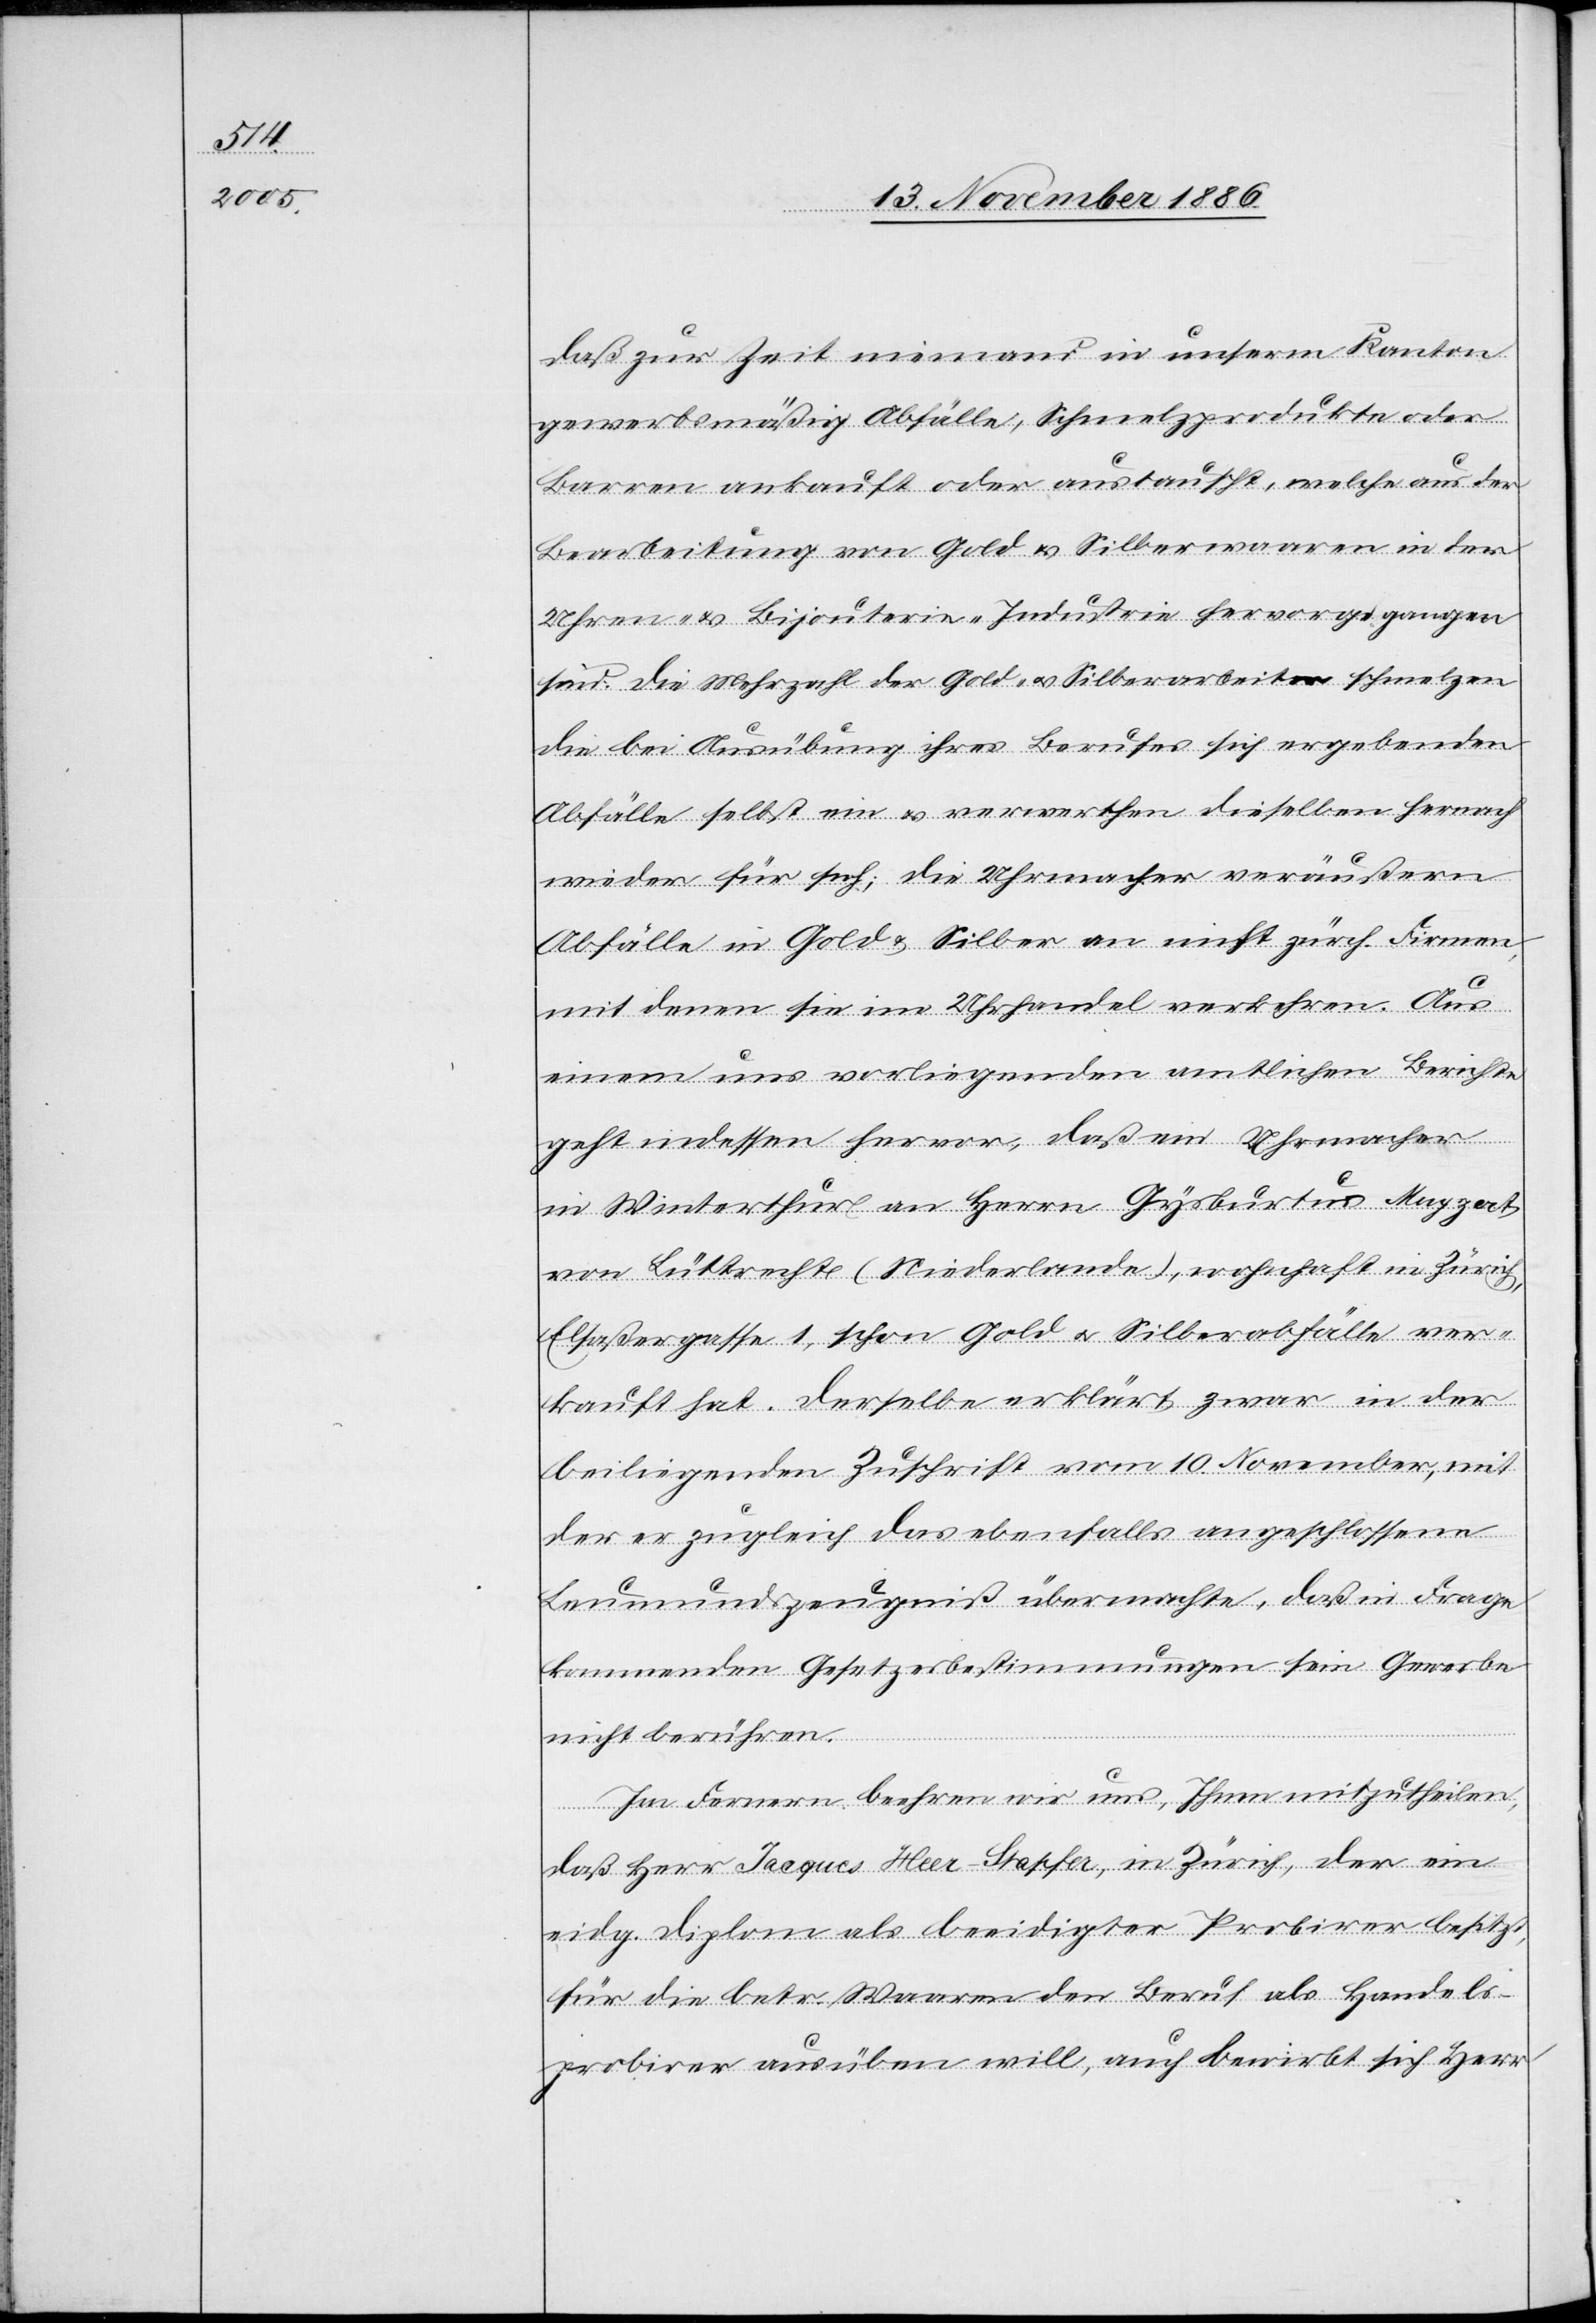
daß zur Zeit niemand in unserm Kanton
gewerbsmäßig Abfälle, Schmelzprodukte oder
Barren ankauft oder austauscht, welche aus der
Bearbeitung von Gold[-] & Silberwaaren in der
Uhren- & Bijouterie-Industrie hervorgegangen
sind. Die Mehrzahl der Gold- & Silberarbeiter schmelzen
die bei Ausübung ihres Berufes sich ergebenden
Abfälle selbst ein & verwerthen dieselben hernach
wieder für sich; die Uhrmacher veräußern
Abfälle in Gold & Silber an nicht zürch. Firmen,
mit denen sie im Uhrhandel verkehren. Aus
einem uns vorliegenden amtlichen Berichte
geht indessen hervor, daß ein Uhrmacher
in Winterthur an Herrn Gysburtus Mayzert
von Lüttrecht (Niederlande), wohnhaft in Zürich,
Elsaßergasse [sic!] 1, schon Gold & Silberabfälle ver¬
kauft hat. Derselbe erklärt zwar in der
beiliegenden Zuschrift vom 10. November, mit
der er zugleich das ebenfalls angeschlossene
Leumundszeugniß übermachte, daß in Frage
kommenden Gesetzesbestimmungen sein Gewerbe
nicht berühren.
Im Fernern beehren wir uns, Ihnen mitzutheilen,
daß Herr Jacques Heer-Stapfer, in Zürich, der ein
eidg. Diplom als beeidigter Probirer besitzt,
für die betr. Waaren den Beruf als Handels¬
probirer ausüben will, auch bewirbt sich Herr